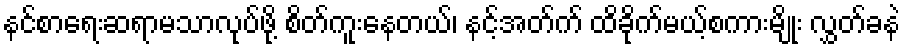
နင်စာရေးဆရာမသာလုပ်ဖို့ စိတ်ကူးနေတယ်၊ နင့်အတ်က် ထိခိုက်မယ့်စကားမျိုး လွှတ်ခနဲ